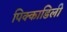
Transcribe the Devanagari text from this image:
पिक्काडिली